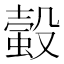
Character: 𧏚